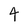
Character: 4